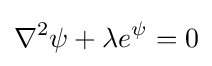
\nabla ^{2}\psi +\lambda e^{\psi }=0